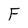
Character: F